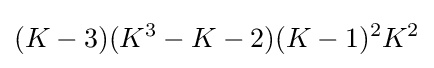
(K-3)(K^{3}-K-2)(K-1)^{2}K^{2}